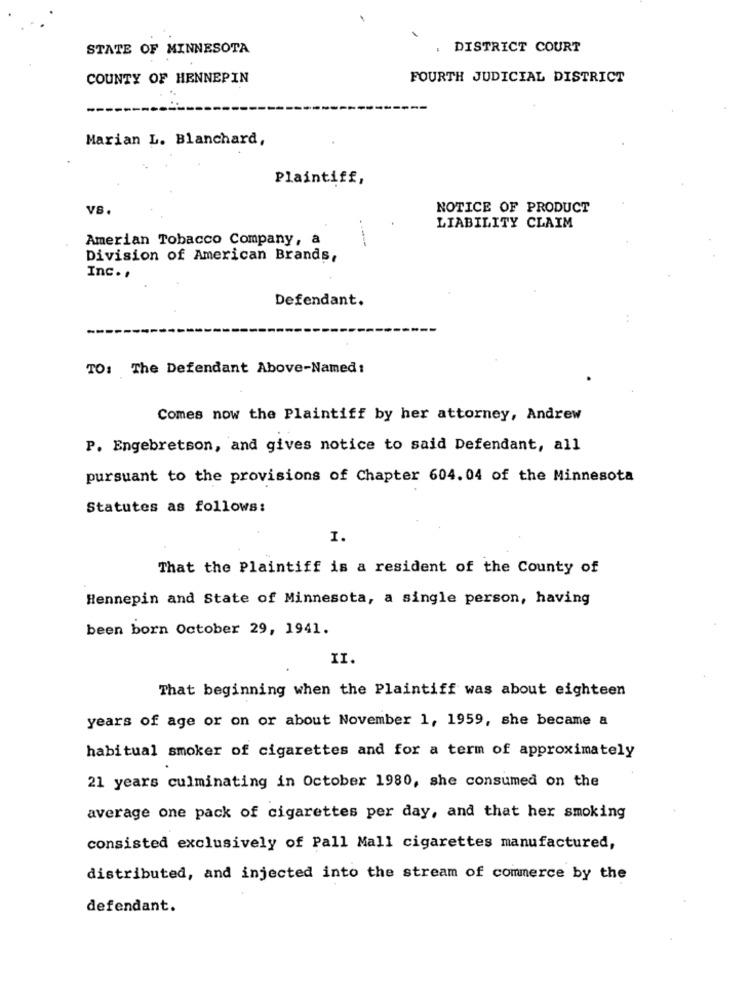
STATE OF MINNESOTA
DISTRICT COURT
COUNTY OF HENNEPIN
FOURTH JUDICIAL DISTRICT
Marian L. Blanchard,
Plaintiff,
VB.
NOTICE OF PRODUCT
LIABILITY CLAIM
Amerian Tobacco Company, a
Division of American Brands,
Inc. ,
Defendant.
TO: The Defendant Above-Named :
Comes now the Plaintiff by her attorney, Andrew
P. Engebretson, and gives notice to said Defendant, all
pursuant to the provisions of Chapter 604. 04 of the Minnesota
Statutes as follows:
I.
That the Plaintiff is a resident of the County of
Hennepin and State of Minnesota, a single person, having
been born October 29, 1941.
II.
That beginning when the Plaintiff was about eighteen
years of age or on or about November 1, 1959, she became a
habitual smoker of cigarettes and for a term of approximately
21 years culminating in October 1980, she consumed on the
average one pack of cigarettes per day, and that her smoking
consisted exclusively of Pall Mall cigarettes manufactured,
distributed, and injected into the stream of commerce by the
defendant.